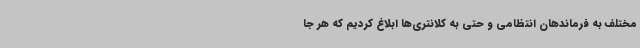
مختلف به فرماندهان انتظامی و حتی به کلانتری‌ها ابلاغ کردیم که هر جا